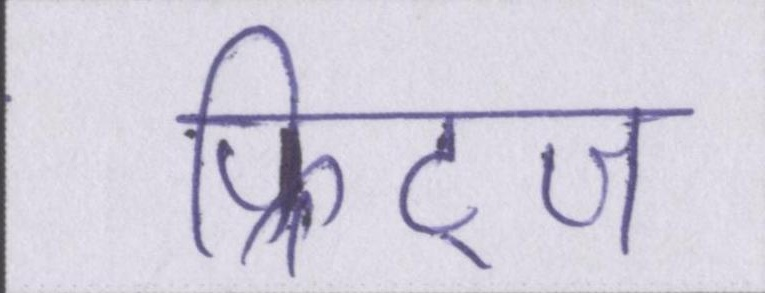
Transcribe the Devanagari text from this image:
फ्रिट्ज